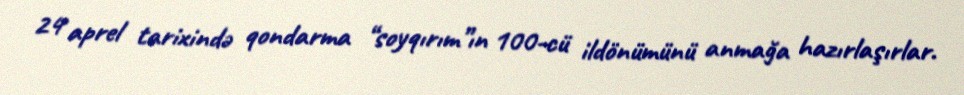
24 aprel tarixində qondarma “soyqırım”ın 100-cü ildönümünü anmağa hazırlaşırlar.